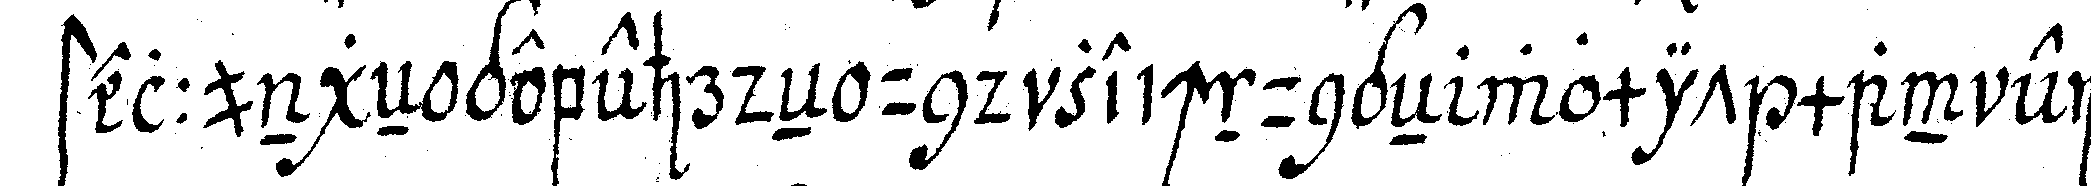
stellungeN gebehrdeN und zeichnungeN womit man ein